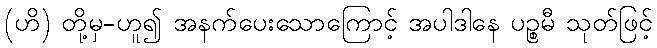
(ဟိ) တို့မှ-ဟူ၍ အနက်ပေးသောကြောင့် အပါဒါနေ ပဉ္စမီ သုတ်ဖြင့်